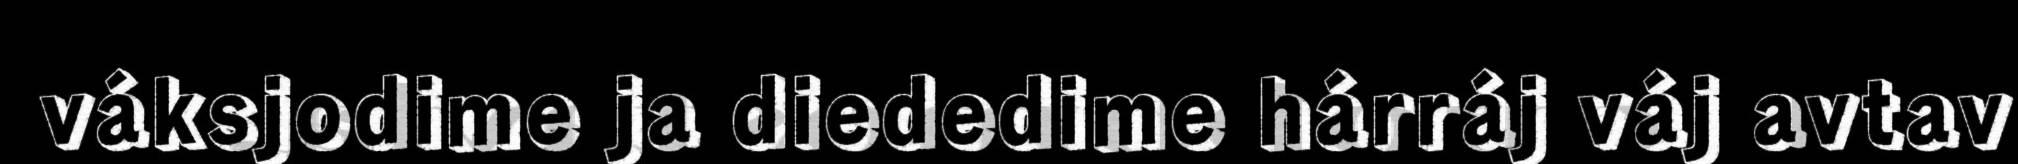
váksjodime ja diededime hárráj váj avtav